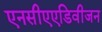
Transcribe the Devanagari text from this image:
एनसीएएडिवीजन